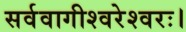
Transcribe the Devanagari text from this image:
सर्ववागीश्वरेश्वरः।